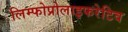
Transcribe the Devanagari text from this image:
लिम्फोप्रोलाइफरेटिव